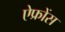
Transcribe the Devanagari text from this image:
ऐफ्रोंस